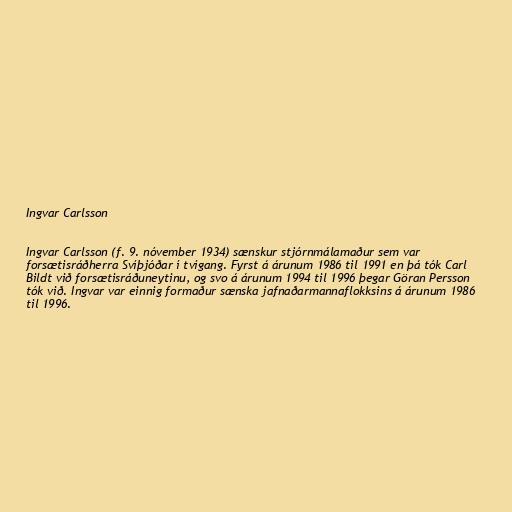
Ingvar Carlsson

Ingvar Carlsson (f. 9. nóvember 1934) sænskur stjórnmálamaður sem var
forsætisráðherra Svíþjóðar í tvígang. Fyrst á árunum 1986 til 1991 en þá tók Carl
Bildt við forsætisráðuneytinu, og svo á árunum 1994 til 1996 þegar Göran Persson
tók við. Ingvar var einnig formaður sænska jafnaðarmannaflokksins á árunum 1986
til 1996.